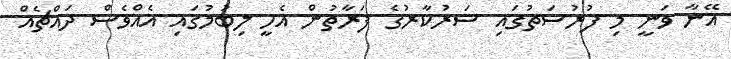
އޭނާ ވަނީ މި ފުރުސަތުގައި ސަރުކާރުގެ ފަރާތުން އެހީ ލިބުމުގައި އެއްވެސް ދައްޗެއް